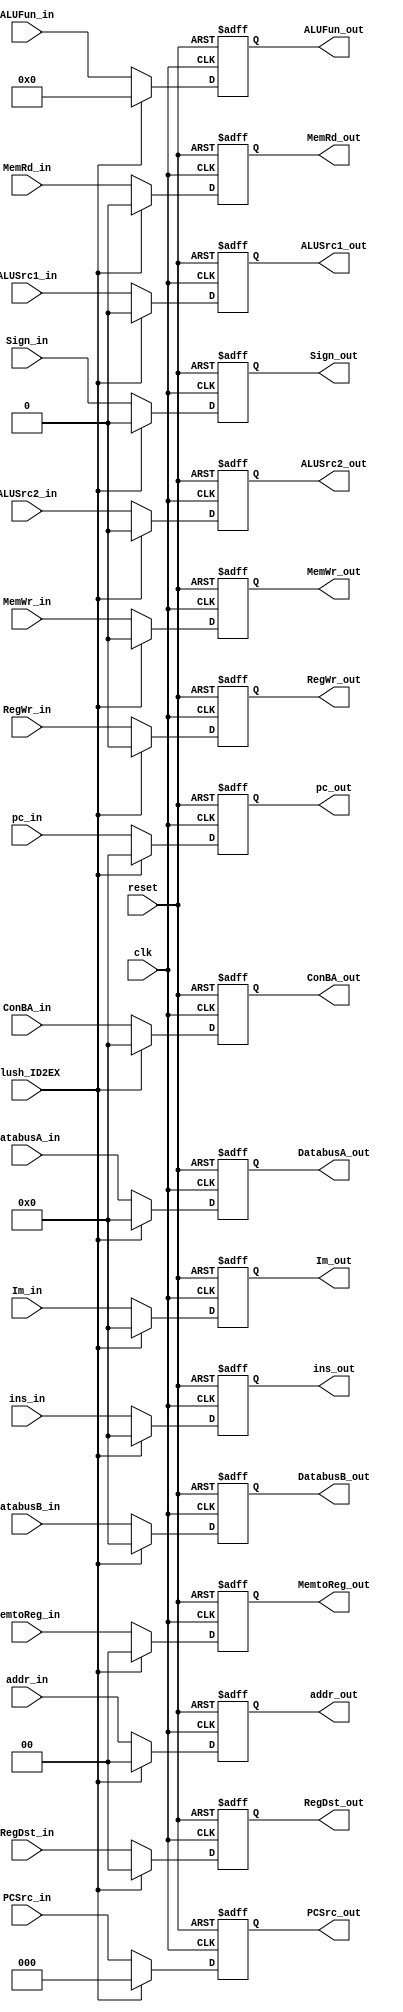
`timescale 1ns / 1ps
module ID2EX(reset,clk,flush_ID2EX,
	ALUSrc1_in,ALUSrc1_out,ALUSrc2_in,ALUSrc2_out,Sign_in,Sign_out,ALUFun_in,ALUFun_out,MemRd_in,MemRd_out,MemWr_in,MemWr_out,MemtoReg_in,MemtoReg_out,
	DatabusA_in,DatabusA_out,DatabusB_in,DatabusB_out,pc_in,pc_out,Im_in,Im_out,ins_in,ins_out,ConBA_in,ConBA_out,
	RegDst_in,RegDst_out,RegWr_in,RegWr_out,PCSrc_in,PCSrc_out,addr_in,addr_out);
input reset,clk,flush_ID2EX;
input ALUSrc1_in;
input ALUSrc2_in;
input Sign_in;
input [3:0]ALUFun_in;
input MemRd_in;
input MemWr_in;
input [1:0]MemtoReg_in;
input [31:0]DatabusA_in,DatabusB_in,pc_in,Im_in,ins_in,ConBA_in;
input [1:0]RegDst_in;
input RegWr_in;
input [2:0] PCSrc_in;
input [1:0] addr_in;

output ALUSrc1_out;
output ALUSrc2_out;
output Sign_out;
output [3:0]ALUFun_out;
output MemRd_out;
output MemWr_out;
output [1:0]MemtoReg_out;
output [31:0]DatabusA_out,DatabusB_out,pc_out,Im_out,ins_out,ConBA_out;
output [1:0]RegDst_out;
output RegWr_out;
output [2:0] PCSrc_out;
output [1:0] addr_out;

reg ALUSrc1_out;
reg ALUSrc2_out;
reg Sign_out;
reg [3:0]ALUFun_out;
reg MemRd_out;
reg MemWr_out;
reg [1:0]MemtoReg_out;
reg [31:0]DatabusA_out,DatabusB_out,pc_out,Im_out,ins_out,ConBA_out;
reg [1:0]RegDst_out;
reg RegWr_out;
reg [2:0] PCSrc_out;
reg [1:0] addr_out;

always @(posedge clk or posedge reset)
begin
	if(reset)
	begin
		ALUSrc1_out<=0;
		ALUSrc2_out<=0;
		Sign_out<=0;
		ALUFun_out<=0;
		MemRd_out<=0;
		MemWr_out<=0;
		MemtoReg_out<=0;
		DatabusA_out<=0;
		DatabusB_out<=0;
		Im_out<=0;
		ins_out<=0;
		ConBA_out<=0;
		RegDst_out<=0;
		RegWr_out<=0;
		pc_out<=32'h8000_0000;
		PCSrc_out<=0;
		addr_out<=0;
	end
	else if(flush_ID2EX)
	begin
	   ALUSrc1_out<=0;
        ALUSrc2_out<=0;
        Sign_out<=0;
        ALUFun_out<=0;
        MemRd_out<=0;
        MemWr_out<=0;
        MemtoReg_out<=0;
        DatabusA_out<=0;
        DatabusB_out<=0;
        Im_out<=0;
        ins_out<=0;
        ConBA_out<=0;
        RegDst_out<=0;
        RegWr_out<=0;
        pc_out<=32'h0000_0000;
        PCSrc_out<=0;
        addr_out<=0;
    end
	else
	begin
		ALUSrc1_out<=ALUSrc1_in;
		ALUSrc2_out<=ALUSrc2_in;
		Sign_out<=Sign_in;
		ALUFun_out<=ALUFun_in;
		MemRd_out<=MemRd_in;
		MemWr_out<=MemWr_in;
		MemtoReg_out<=MemtoReg_in;
		DatabusA_out<=DatabusA_in;
		DatabusB_out<=DatabusB_in;
		pc_out<=pc_in;
		Im_out<=Im_in;
		ins_out<=ins_in;
		ConBA_out<=ConBA_in;
		RegDst_out<=RegDst_in;
		RegWr_out<=RegWr_in;
		PCSrc_out<=PCSrc_in;
		addr_out<=addr_in;
	end
end
endmodule